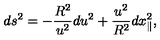
d s ^ { 2 } = - \frac { R ^ { 2 } } { u ^ { 2 } } d u ^ { 2 } + \frac { u ^ { 2 } } { R ^ { 2 } } d x _ { \parallel } ^ { 2 } ,